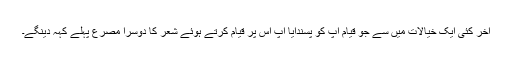
آخر کئی ایک خیالات میں سے جو قیام آپ کو پسندآیا آپ اس پر قیام کرتے ہوئے شعر کا دوسرا مصرع پہلے کہہ دینگے۔